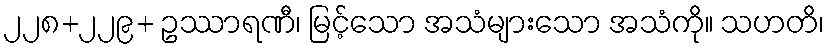
၂၂၈+၂၂၉+ ဥဿာရဏီ၊ မြင့်သော အသံများသော အသံကို။ သဟတိ၊